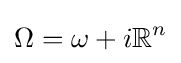
\Omega =\omega +i\mathbb {R} ^{n}